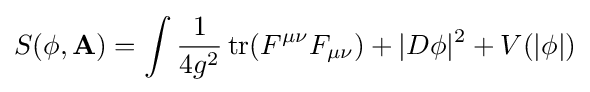
S(\phi ,\mathbf {A} )=\int {1 \over 4g^{2}}\mathop {\textrm {tr}} (F^{\mu \nu }F_{\mu \nu })+|D\phi |^{2}+V(|\phi |)